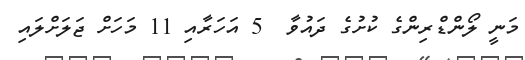
މަނީ ލޯންޑްރިންގެ ކުށުގެ ދައުވާ  5 އަހަރާއި 11 މަހަށް ޖަލަށްލައި